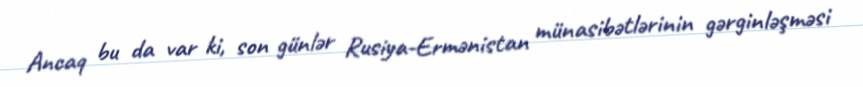
Ancaq bu da var ki, son günlər Rusiya-Ermənistan münasibətlərinin gərginləşməsi